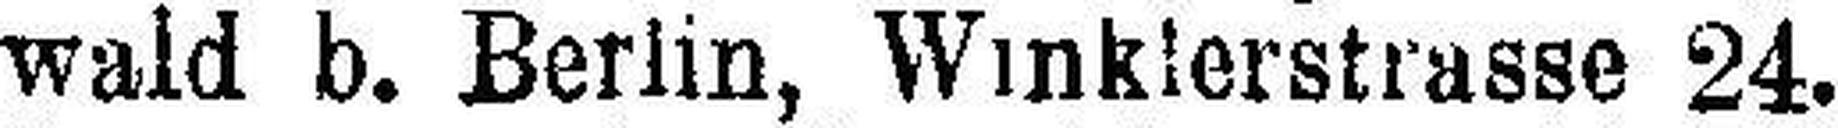
wald b. Berlin, Winklerstrasse 24.